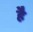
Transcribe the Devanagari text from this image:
हेेै